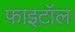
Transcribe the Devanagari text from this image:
फाइटॉल